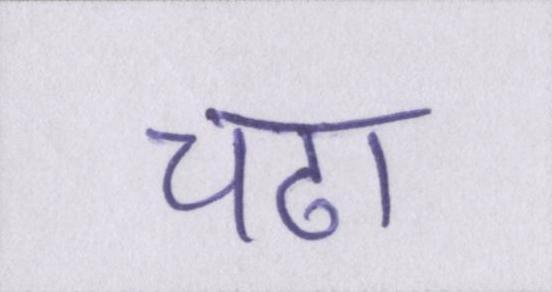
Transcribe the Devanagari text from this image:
चढा